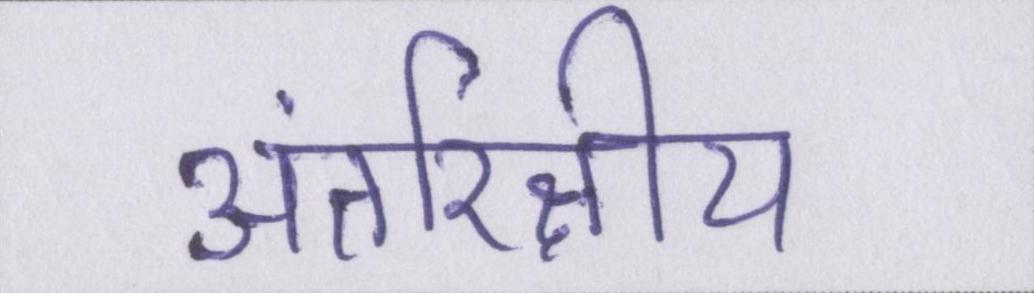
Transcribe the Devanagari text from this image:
अंतरिक्षीय